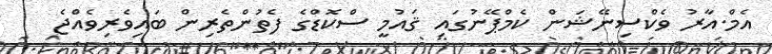
އެމް.އާރު ވެކްސިނޭޝަން ކެމްޕޭނުގައި ޤައުމީ ސްކޮޑްގެ ފެތުންތެރިން ބައިވެރިވެއްޖެ